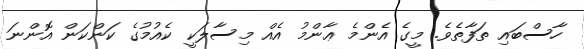
ހާސްބައި ތަފާތެވެ. މީގެ އެންމެ ޢާންމު އެއް މިސާލަކީ ކެއުމުގެ ކަންކަން އޮންނަ